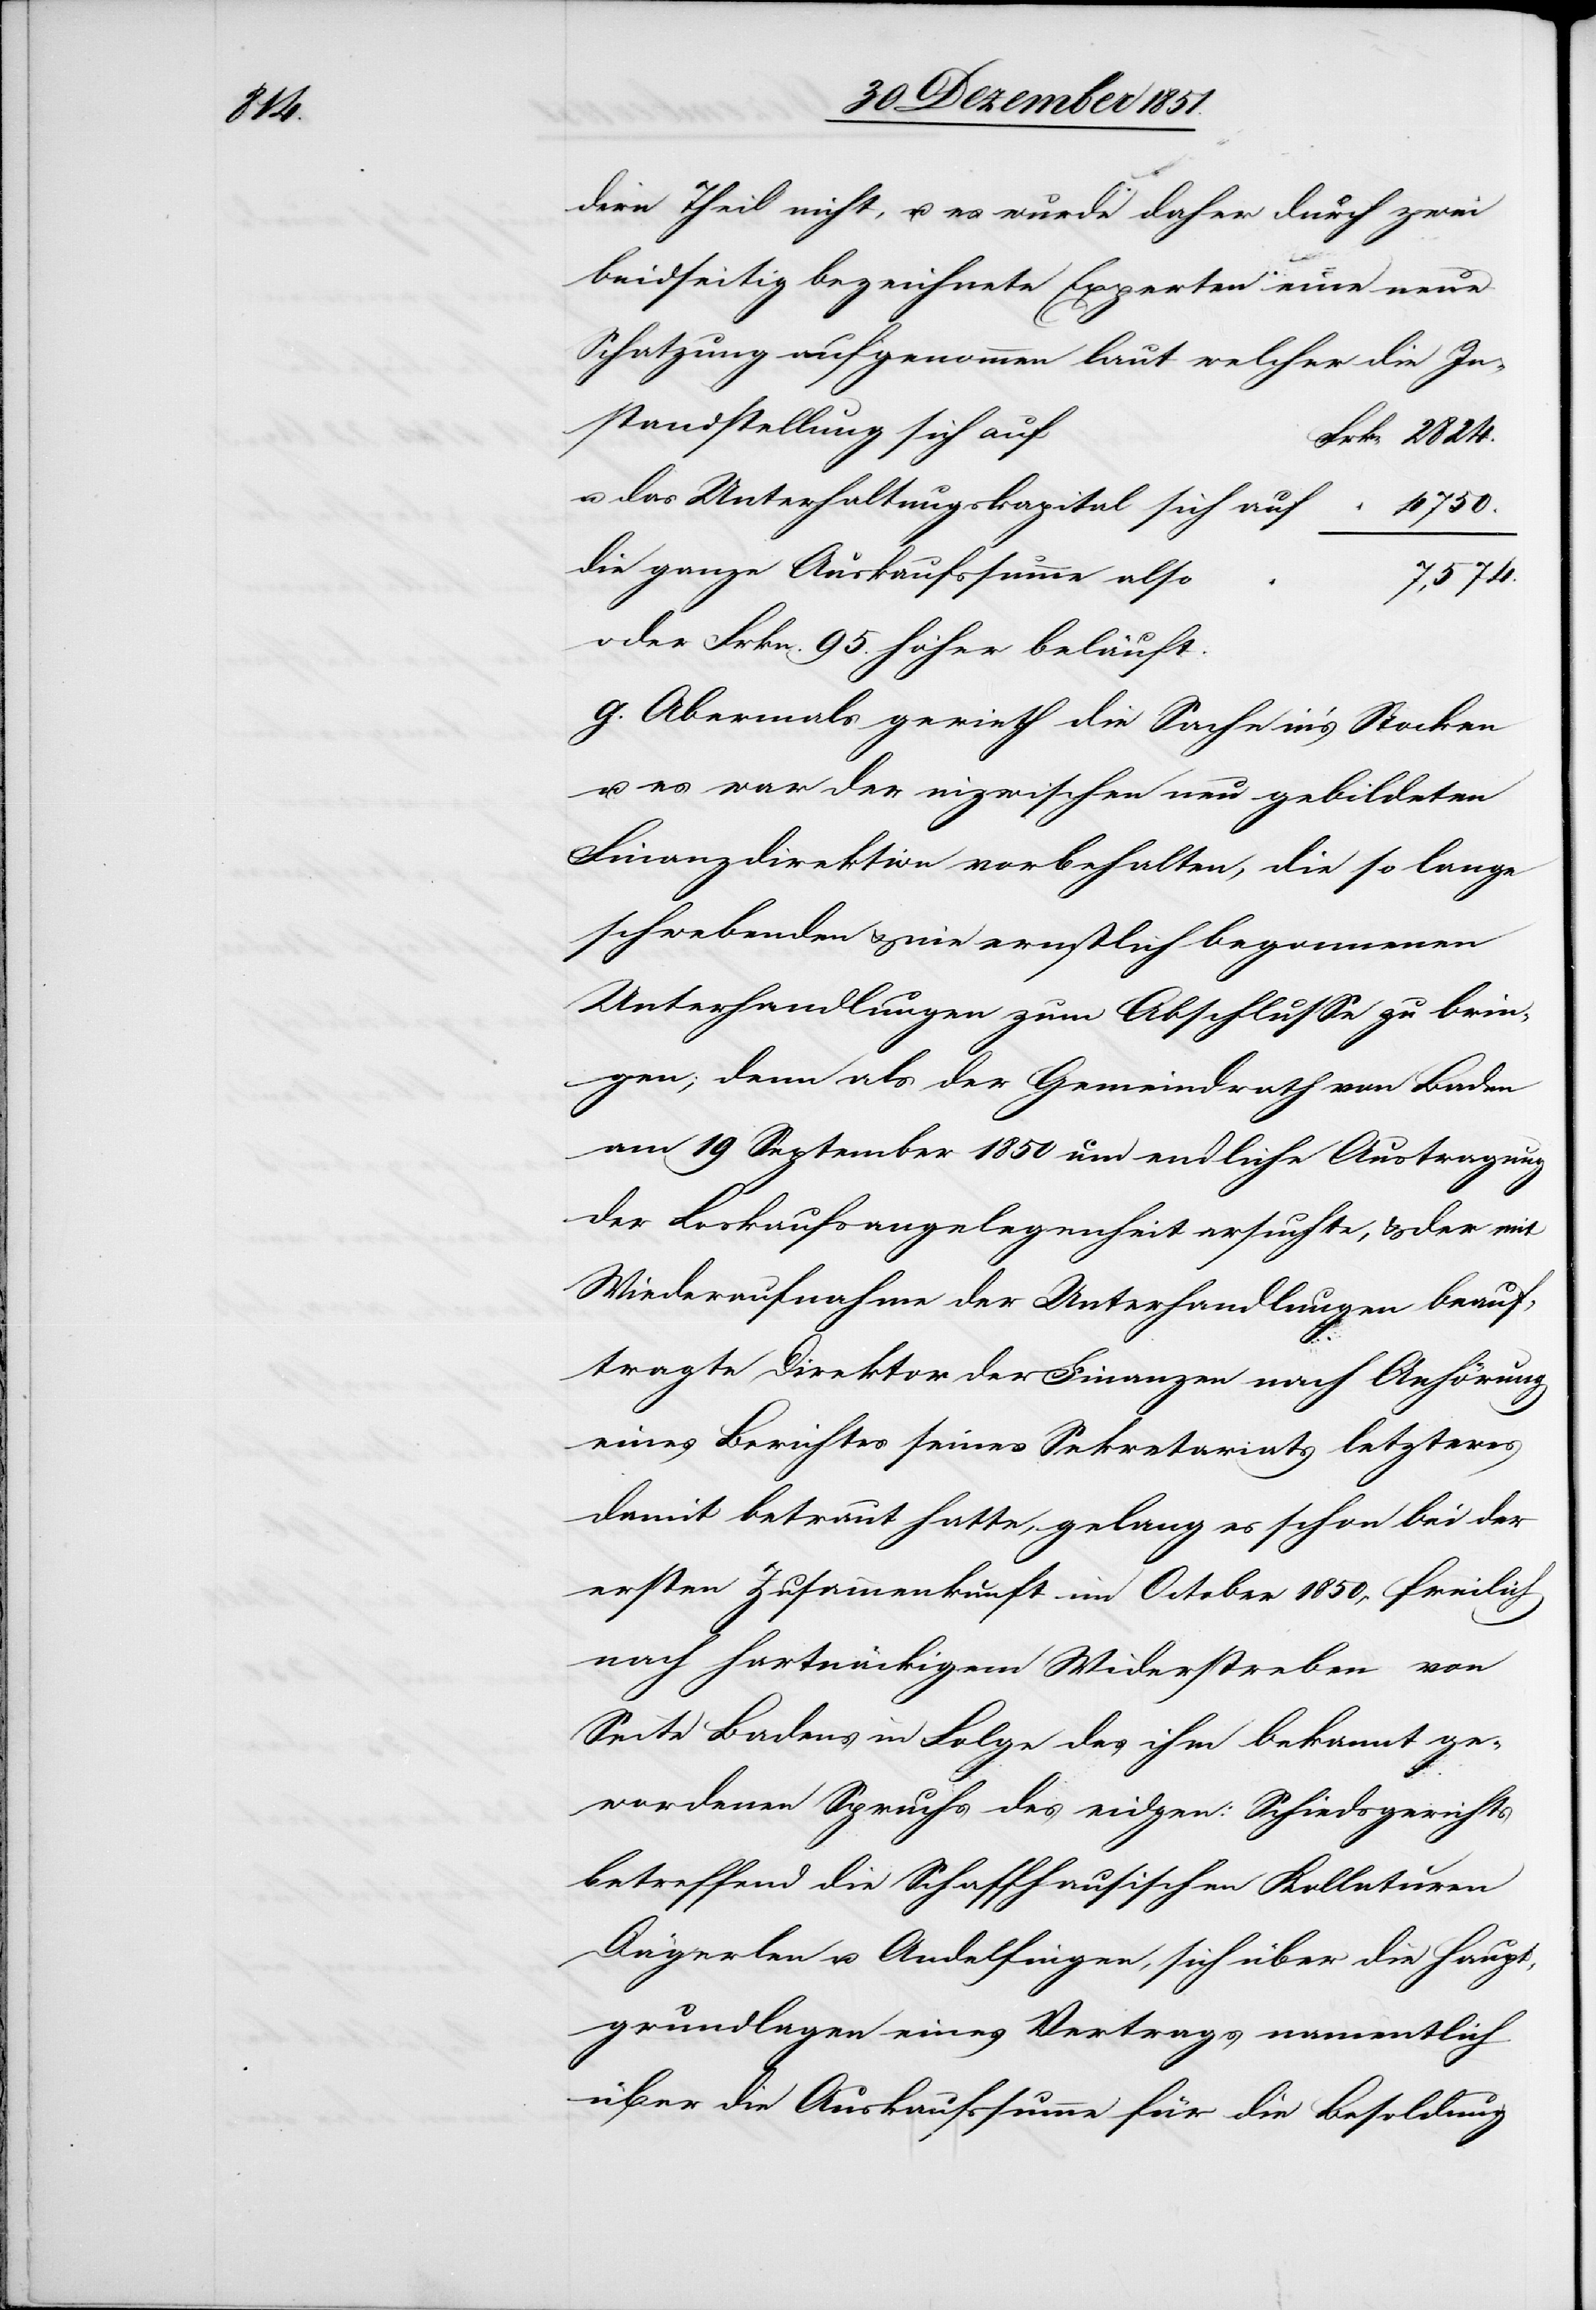
Frkn.

dern Theil nicht, u. es wurde daher durch zwei
beidseitig bezeichnete Experten eine neue
Schatzung aufgenommen laut welcher die
standstellung sich auf
u. das Unterhaltungskapital sich auf
die ganze Auskaufssumme also
7,574.
oder Frkn. 95. höher beläuft.
g. Abermals gerieth die Sache in’s Stocken
u. es war der inzwischen neu gebildeten
Finanzdirektion vorbehalten, die so lange
schwebenden & nie ernstlich begonnenen
Unterhandlungen zum Abschlusse zu brin¬
gen; denn als der Gemeindrath von Baden
am 19 September 1850 um endliche Austragung
der Loskaufsangelegenheit ersuchte, & der mit
Wiederaufnahme der Unterhandlungen beauf¬
tragte Direktor der Finanzen nach Anhörung
eines Berichtes seines Sekretariats letzteres
damit betraut hatte, gelang es schon bei der
ersten Zusammenkunft im October 1850, freilich
nach hartnäckigem Widerstreben von
Seite Badens in Folge des ihm bekannt ge¬
wordenen Spruchs des eidgen: Schiedsgerichts
betreffend die Schaffhausischen Kollaturen
Dägerlen u. Andelfingen, sich über die Haupt¬
grundlagen eines Vertrags namentlich
über die Auskaufssumme für die Besoldung